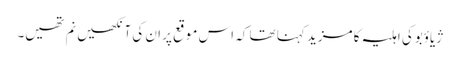
ژیاؤبوکی اہلیہ کا مزید کہنا تھا کہ اس موقع پر ان کی آنکھیں نم تھیں۔